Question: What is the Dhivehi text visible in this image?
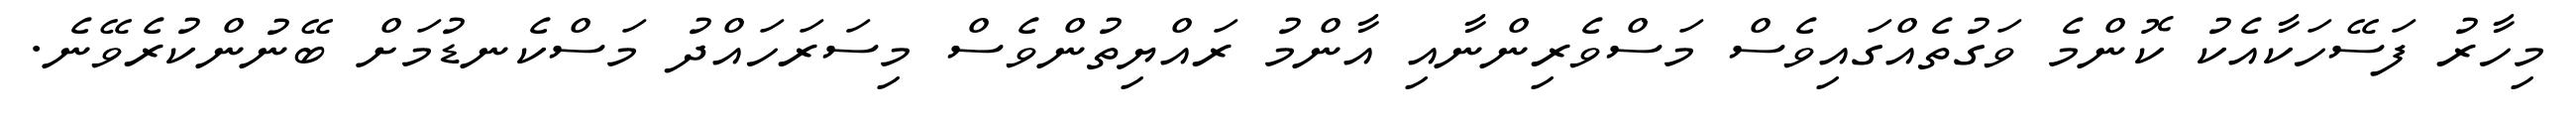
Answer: މިހާރު ފަސޭހަކާއެކު ކޮންމެ ވަގުތެއްގައިވެސް މަސްވެރިންނާއި އާންމު ރައްޔިތުންވެސް މިސަރަހައްދު މަސްކެނޑުމަށް ބޭނުންކުރެވޭނެ.